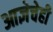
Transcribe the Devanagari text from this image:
आज्ञेचेही